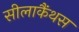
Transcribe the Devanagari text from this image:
सीलाकैंथस